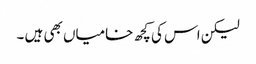
لیکن اس کی کچھ خامیاں بھی ہیں ۔